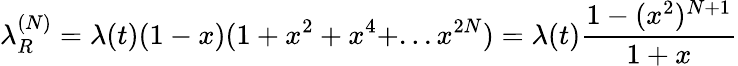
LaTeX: \lambda_{R}^{(N)}=\lambda(t)(1-x)(1+x^{2}+x^{4}+...x^{2N})=\lambda(t){\frac{1-(x^{2})^{N+1}}{1+x}}